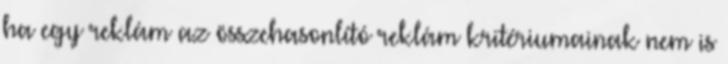
ha egy reklám az összehasonlító reklám kritériumainak nem is